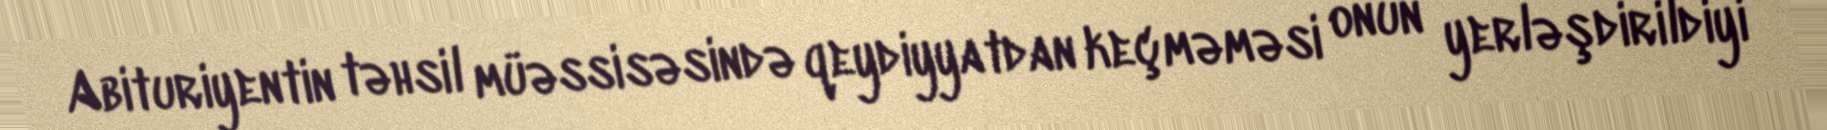
Abituriyentin təhsil müəssisəsində qeydiyyatdan keçməməsi onun yerləşdirildiyi